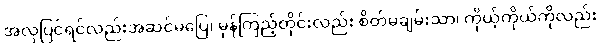
အလှပြင်ရင်လည်းအဆင်မပြေ၊ မှန်ကြည့်တိုင်းလည်း စိတ်မချမ်းသာ၊ ကိုယ့်ကိုယ်ကိုလည်း